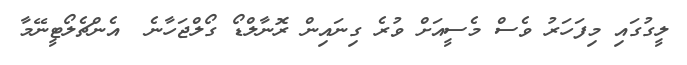
ލީގުގައި މިފަހަރު ވެސް މެސީއަށް ވުރެ ގިނައިން ރޮނާލްޑޯ ގޯލްޖަހާނެ  އެންޗެލޯޓީނޭމާ